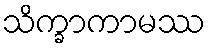
သိက္ခာကာမဿ